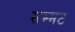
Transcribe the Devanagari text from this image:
सम्मट